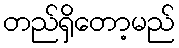
တည်ရှိတော့မည်